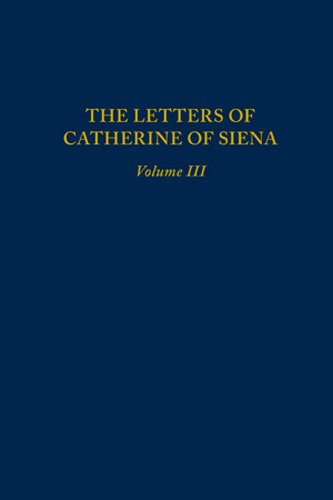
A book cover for Letters of Catherine of Siena, Volume III: Letters 145EE230 (MEDIEVAL & RENAIS TEXT STUDIES); Literature & Fiction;